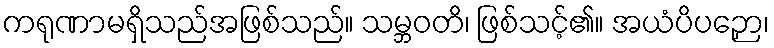
ကရုဏာမရှိသည်အဖြစ်သည်။ သမ္ဘဝတိ၊ ဖြစ်သင့်၏။ အယံပိပဉှော၊